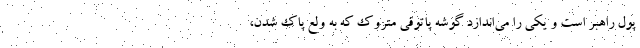
پول راهبر است و یکی را می‌اندازد گوشه پاتوقی متروک که به ولع پاک شدن،